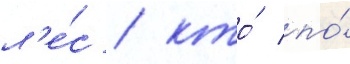
л'е́с / кто́ по́